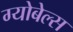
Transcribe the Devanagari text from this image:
ग्योबेल्स